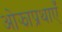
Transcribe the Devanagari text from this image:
ओझाप्रथाएँ